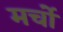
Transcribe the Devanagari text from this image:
मर्चो